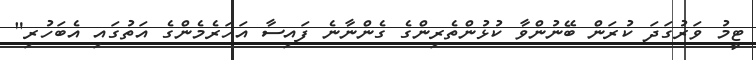
ޓީމު ވަރުގަދަ ކުރަން ބޭނުންވާ ކުޅުންތެރިންގެ ގެންނާނެ ފައިސާ އަހަރެމެންގެ އަތުގައި އެބަހުރި"